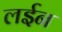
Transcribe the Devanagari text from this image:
लईन